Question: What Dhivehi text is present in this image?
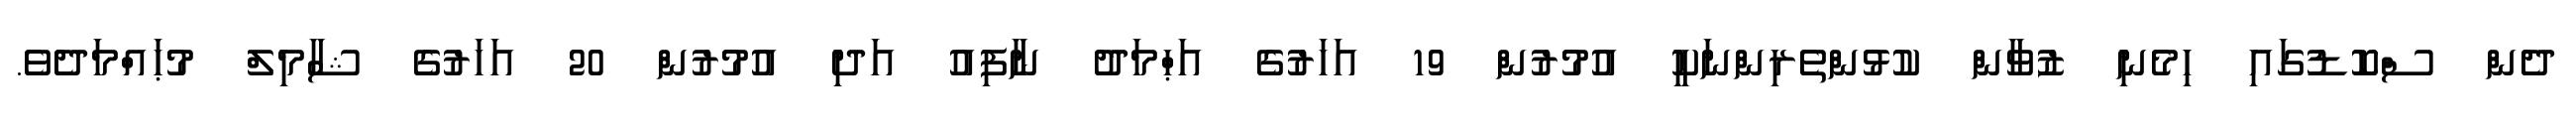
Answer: ދެން ސްކޮޑުގައި ހިމެނި ޒުވާން ކުޅުންތެރިންނަކީ އުމުރުން 19 އަހަރުގެ އަޙްމަދު ނާފިއު އަދި އުމުރުން 20 އަހަރުގެ ޝާމިލް މުޙައްމަދެވެ.